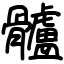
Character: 髗